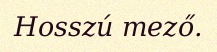
Hosszú mező.